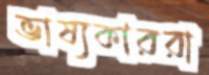
ভাষ্যকাররা